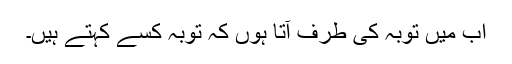
اب میں توبہ کی طرف آتا ہوں کہ توبہ کسے کہتے ہیں۔